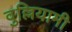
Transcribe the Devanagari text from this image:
वुल्लियामी